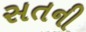
સતની